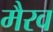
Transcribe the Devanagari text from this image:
मैरव